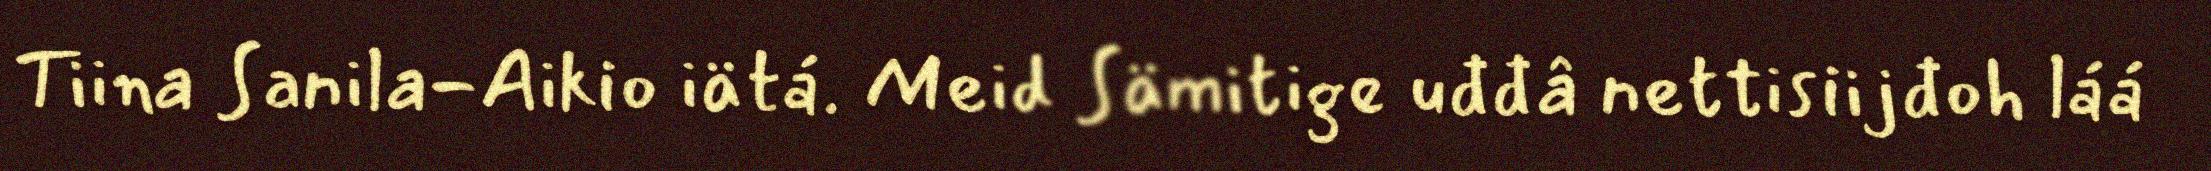
Tiina Sanila-Aikio iätá. Meid Sämitige uđđâ nettisiijđoh láá